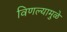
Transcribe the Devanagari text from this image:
विणल्यामुळे